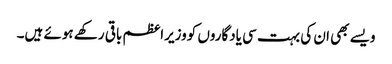
ویسے بھی ان کی بہت سی یادگاروں کووزیراعظم باقی رکھے ہوئے ہیں۔